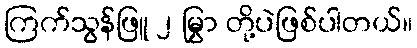
ကြက်သွန်ဖြူ ၂ မြွှာ တို့ပဲဖြစ်ပါတယ်။